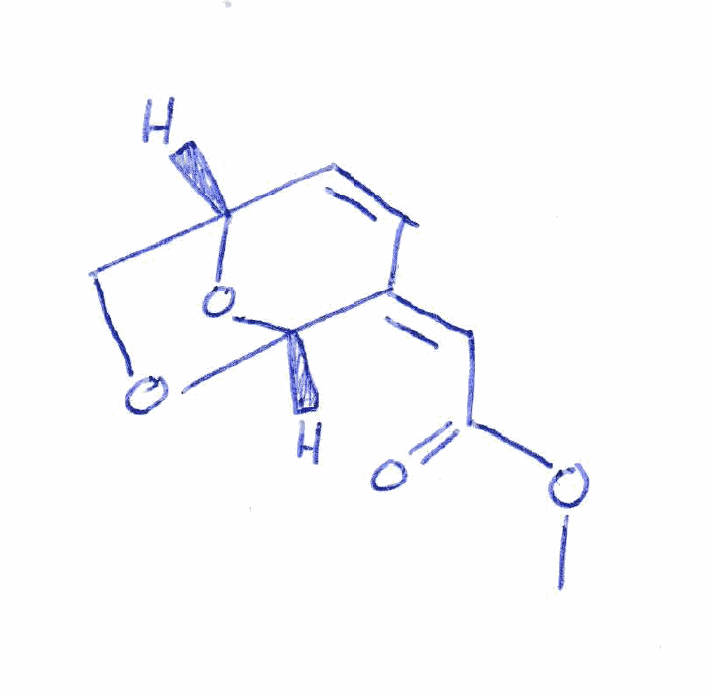
Simplified molecular-input line-entry system (SMILES) notation of the given molecule:
COC(=O)/C=C\1/C=C[C@H]2CO[C@@H]1O2